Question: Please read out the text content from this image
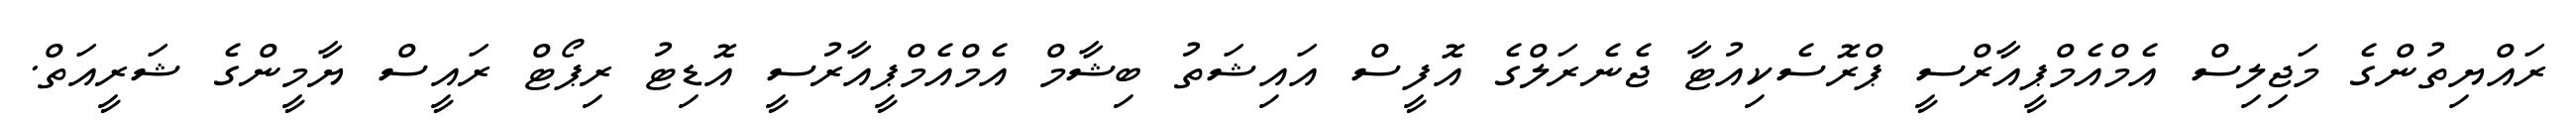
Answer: ރައްޔިތުންގެ މަޖިލިސް އެމްއެމްޕީއާރްސީ ޕްރޮސެކިއުޓާ ޖެނެރަލްގެ އޮފީސް އައިޝަތު ބިޝާމް އެމްއެމްޕީއާރުސީ އޮޑިޓު ރިޕޯޓް ރައީސް ޔާމީންގެ ޝަރީއަތް.